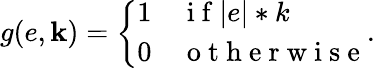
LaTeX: g(e,\mathbf{k})=\left\{ \begin{array}{ll}{1}&{\mathrm{~i~f~}|e|*k}\\ {0}&{\mathrm{~o~t~h~e~r~w~i~s~e~}}\end{array}\right..